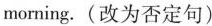
morning.(改为否定句)